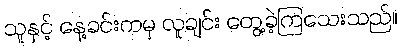
သူနှင့် နေ့ခင်းကမှ လူချင်း တွေ့ခဲ့ကြသေးသည်။